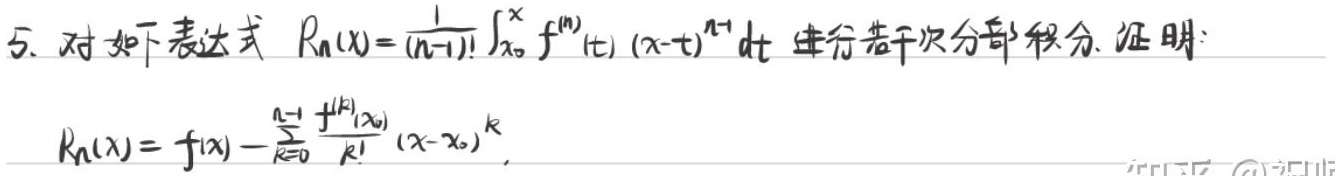
5. 对如下表达式 \(R_n(x)=\frac{1}{(n - 1)!}\int_{x_0}^{x}f^{(n)}(t)(x - t)^{n - 1}dt\) 进行若干次分部积分。证明：
\[R_n(x)=f(x)-\sum_{k = 0}^{n - 1}\frac{f^{(k)}(x_0)}{k!}(x - x_0)^{k}\]